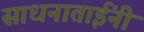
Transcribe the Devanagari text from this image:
साधनाताईंनी